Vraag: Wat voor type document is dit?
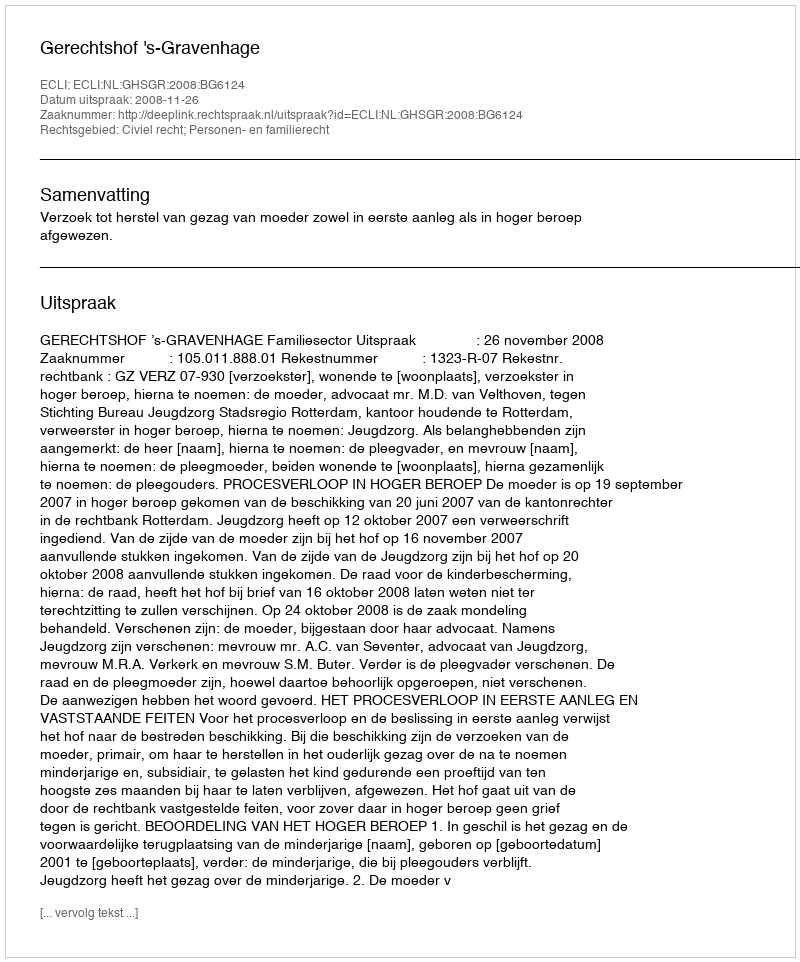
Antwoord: Uitspraak